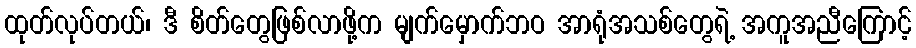
ထုတ်လုပ်တယ်၊ ဒီ စိတ်တွေဖြစ်လာဖို့က မျက်မှောက်ဘဝ အာရုံအသစ်တွေရဲ့ အကူအညီကြောင့်